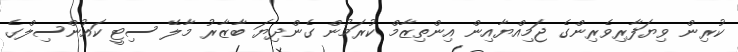
ކުރިން ވިޔަފާރިވެރިންގެ ޖަމިއްޔާއިން އިންތިޒާމް ކުރަމުން ގެންދިޔަ ބާޒާރު މާލޭ ސިޓީ ކައުންސިލްގެ